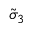
\tilde { \sigma } _ { 3 }